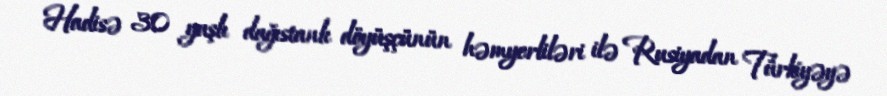
Hadisə 30 yaşlı dağıstanlı döyüşçünün həmyerliləri ilə Rusiyadan Türkiyəyə